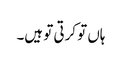
ہاں تو کرتی تو ہیں۔